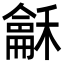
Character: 𮃰